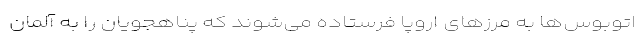
اتوبوس‌ها به مرزهای اروپا فرستاده می‌شوند که پناهجویان را به آلمان